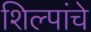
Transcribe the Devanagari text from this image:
शिल्पांचे